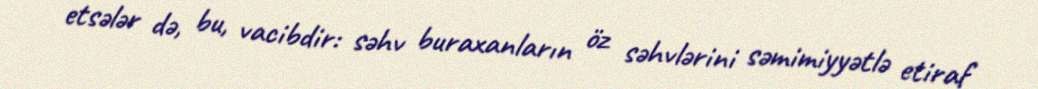
etsələr də, bu, vacibdir: səhv buraxanların öz səhvlərini səmimiyyətlə etiraf